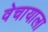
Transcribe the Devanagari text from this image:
वेचायाला